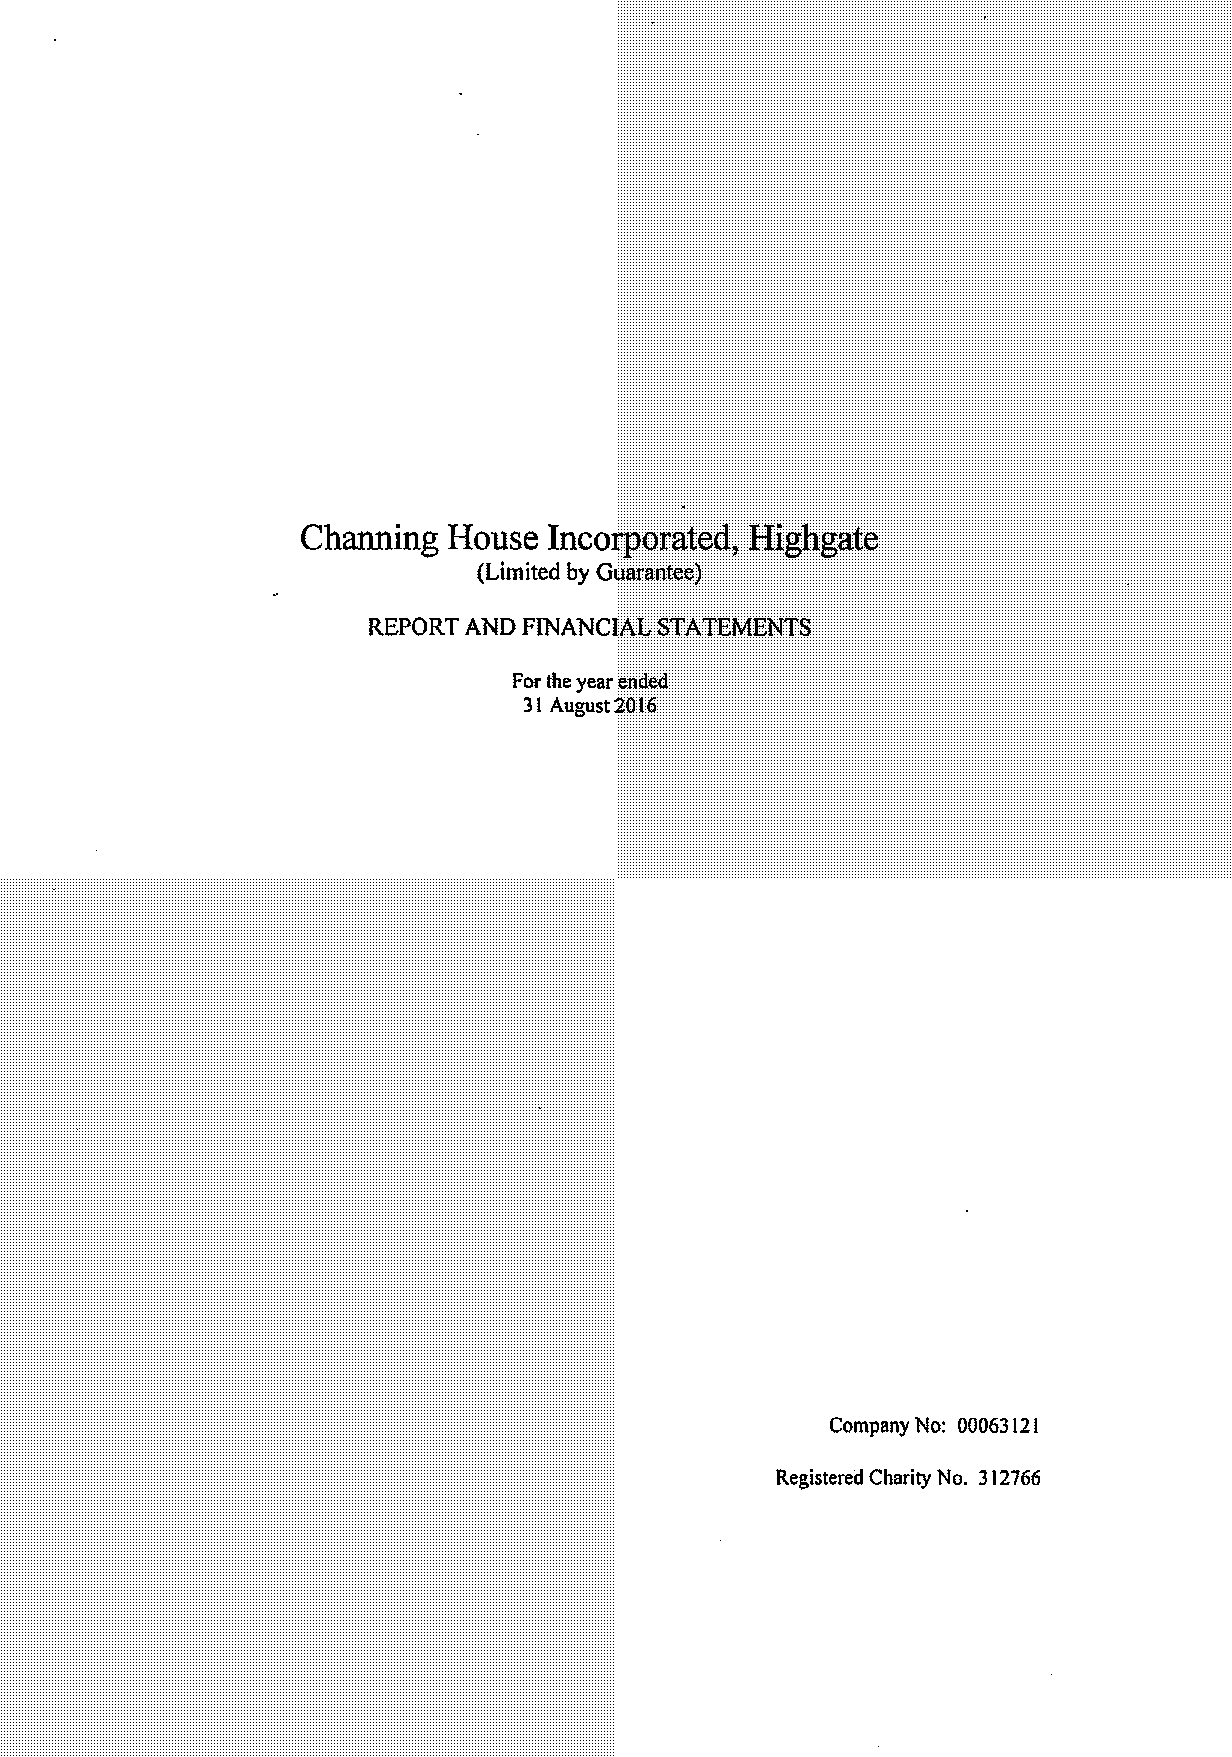
Chmmng    House Incorporated„Highgate
 (Litttited by Guarantee)
 R,FPORT AND FINA'NCIAL STATEMENTS
 Forthe year ended
 3i August 2016
 Comply No: 00063121
 Registered Charity No, 312766